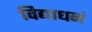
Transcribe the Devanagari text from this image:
विद्याधनं